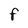
Character: F